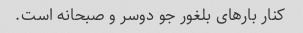
کنار بارهای بلغور جو دوسر و صبحانه است.